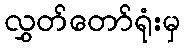
လွှတ်တော်ရုံးမှ